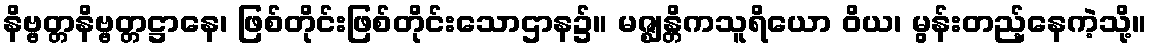
နိဗ္ဗတ္တနိဗ္ဗတ္တဋ္ဌာနေ၊ ဖြစ်တိုင်းဖြစ်တိုင်းသောဌာန၌။ မဇ္ဈန္တိကသူရိယော ဝိယ၊ မွန်းတည့်နေကဲ့သို့။